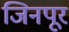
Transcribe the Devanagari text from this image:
जिनपूर